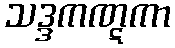
သဒ္ဒကဏ္ဋကာ